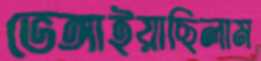
ভেঙ্গাইয়াছিলাম